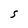
Character: S